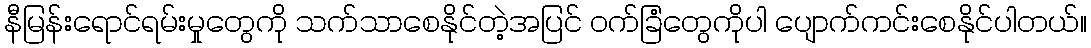
နီမြန်းရောင်ရမ်းမှုတွေကို သက်သာစေနိုင်တဲ့အပြင် ဝက်ခြံတွေကိုပါ ပျောက်ကင်းစေနိုင်ပါတယ်။